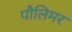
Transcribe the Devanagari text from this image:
पौलिमर